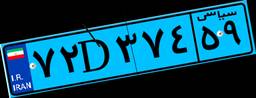
۷۲D۳۷۴۵۹